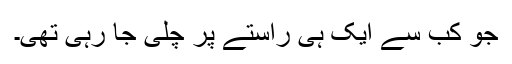
جو کب سے ایک ہی راستے پر چلی جا رہی تھی۔